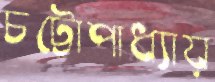
চট্টোপাধ্যায়